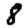
Digit: 8